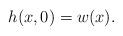
LaTeX: \begin{align*}h(x,0)=w(x). \end{align*}